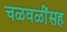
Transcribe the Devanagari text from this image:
चळवळींसह